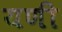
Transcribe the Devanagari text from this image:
यणी